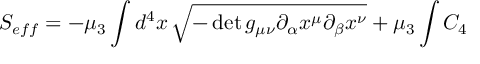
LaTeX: S _ { e f f } = - \mu _ { 3 } \int d ^ { 4 } x \, \sqrt { - \operatorname * { d e t } { g _ { \mu \nu } \partial _ { \alpha } x ^ { \mu } \partial _ { \beta } x ^ { \nu } } } + \mu _ { 3 } \int C _ { 4 }